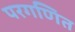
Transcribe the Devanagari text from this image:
परगणित